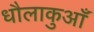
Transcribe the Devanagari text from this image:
धौलाकुआँ